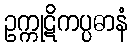
ဥက္ကုဋိကပ္ပဓာနံ